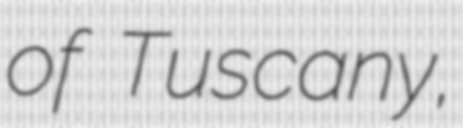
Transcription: of Tuscany,